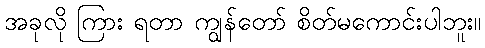
အခုလို ကြား ရတာ ကျွန်တော် စိတ်မကောင်းပါဘူး။